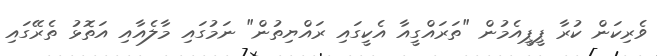
ވެރިކަން ކުރާ ޕީޕީއެމުން "ތަރައްގީއާ އެކީގައި ރައްޔިތުން" ނަމުގައި މާލެއާއި އަތޮޅު ތެރޭގައި